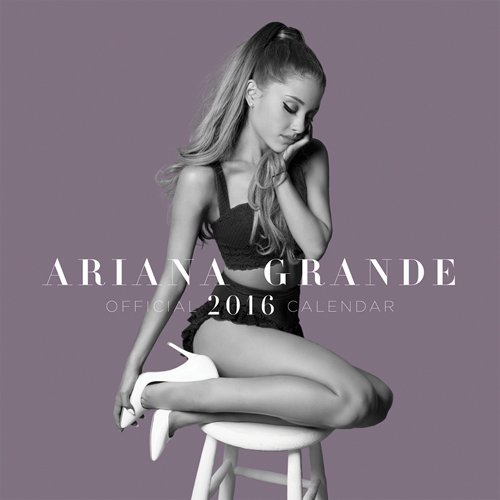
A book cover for Ariana Grande 2016 Square 12x12 Bravado; Browntrout Publishers; Arts & Photography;